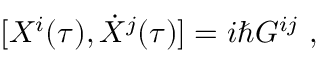
[ X ^ { i } ( \tau ) , \dot { X } ^ { j } ( \tau ) ] = i \hbar G ^ { i j } \ ,